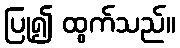
ပြု၍ ထွက်သည်။